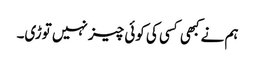
ہم نے کبھی کسی کی کوئی چیز نہیں توڑی۔